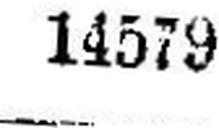
14579